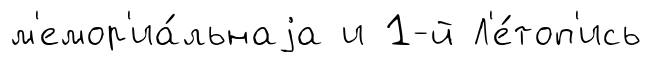
м'емор'иа́льнаjа и 1-й Л'е́топ'ись